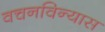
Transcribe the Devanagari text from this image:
वचनविन्यास